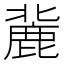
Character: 𪊠